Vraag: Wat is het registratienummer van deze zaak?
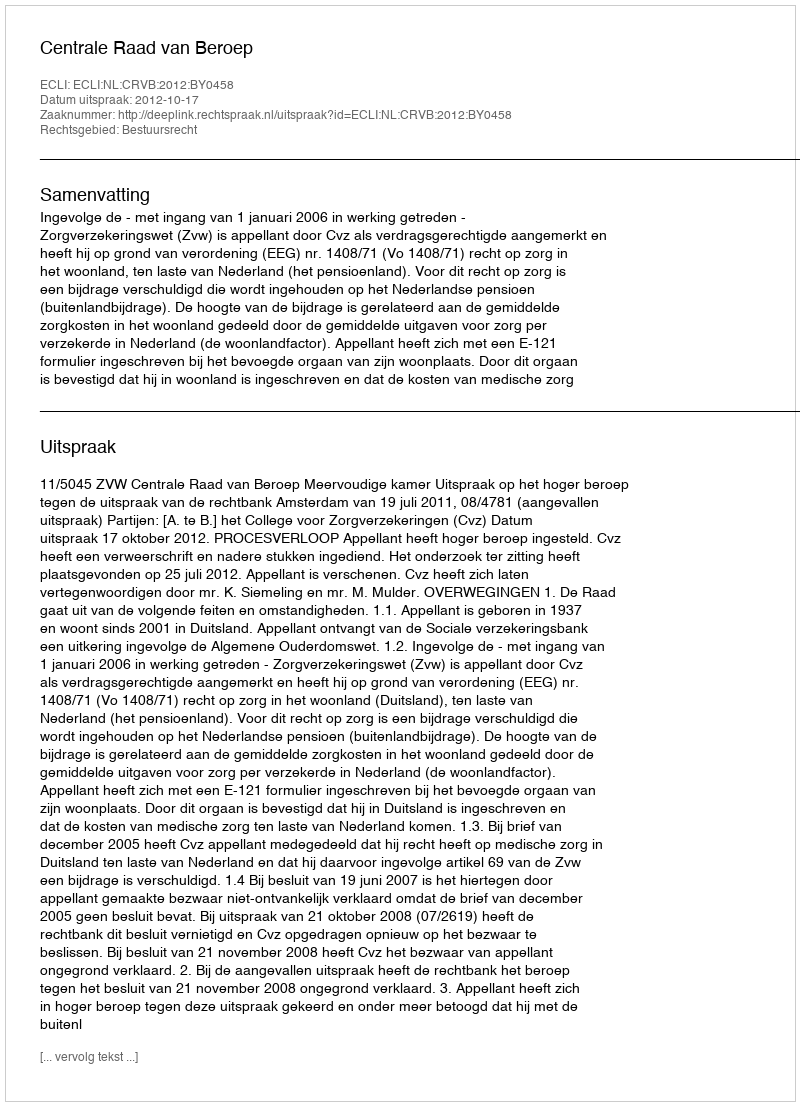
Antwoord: http://deeplink.rechtspraak.nl/uitspraak?id=ECLI:NL:CRVB:2012:BY0458